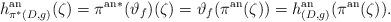
LaTeX: \begin{align*}h^{\mathrm{an}}_{\pi^*(D, g)}(\zeta) = {\pi^{\mathrm{an}}}^*(\vartheta_f)(\zeta) = \vartheta_f(\pi^{\mathrm{an}}(\zeta)) = h^{\mathrm{an}}_{(D, g)}(\pi^{\mathrm{an}}(\zeta)).\end{align*}